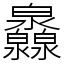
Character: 灥